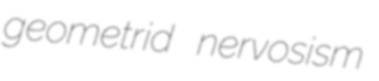
geometrid nervosism